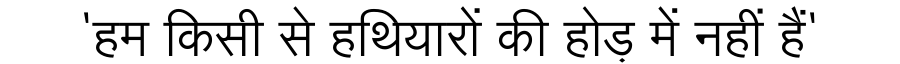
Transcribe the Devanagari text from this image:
'हम किसी से हथियारों की होड़ में नहीं हैं'